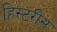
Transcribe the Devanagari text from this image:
हिस्टरीस